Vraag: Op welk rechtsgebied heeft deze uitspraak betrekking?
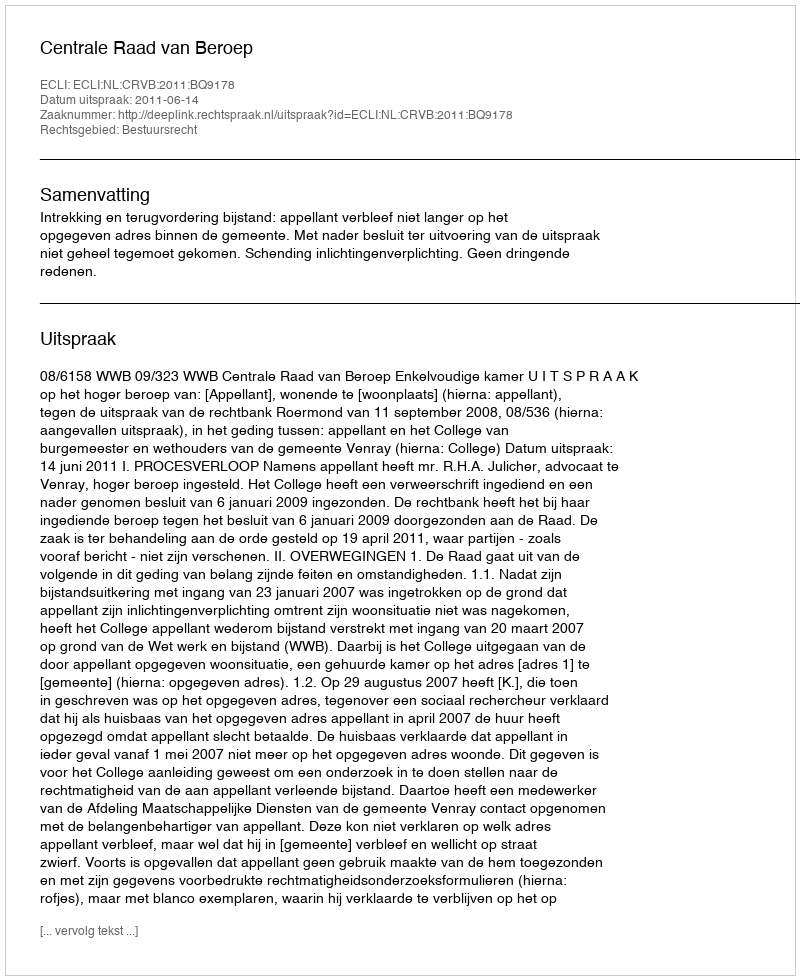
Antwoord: Bestuursrecht